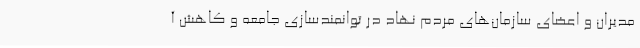
مدیران و اعضای سازمان‌های مردم نهاد در توانمندسازی جامعه و کاهش آ